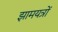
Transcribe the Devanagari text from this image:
झामयत्रों